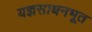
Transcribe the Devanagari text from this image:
यज्ञसाधनभूत